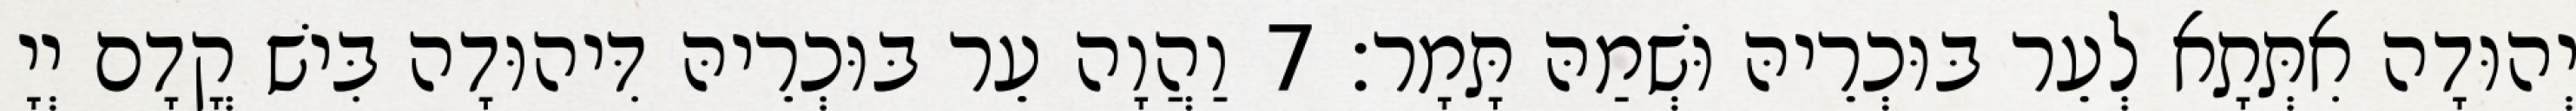
יְהוּדָה אִתְּתָא לְעֵר בּוּכְרֵיהּ וּשְׁמַהּ תָּמָר׃ 7 וַהֲוָה עֵר בּוּכְרֵיהּ דִּיהוּדָה בִּישׁ קֳדָם יְיָ